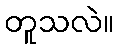
တူသလဲ။